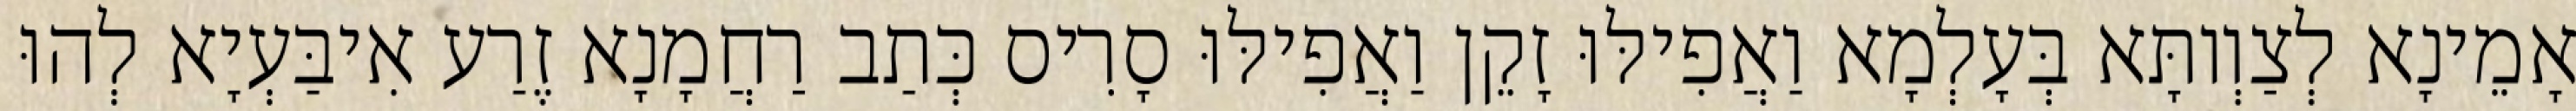
אָמֵינָא לְצַוְותָּא בְּעָלְמָא וַאֲפִילּוּ זָקֵן וַאֲפִילּוּ סָרִיס כְּתַב רַחֲמָנָא זֶרַע אִיבַּעְיָא לְהוּ